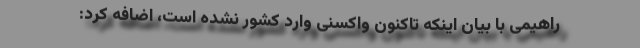
راهیمی با بیان اینکه تاکنون واکسنی وارد کشور نشده است، اضافه کرد: